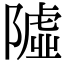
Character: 𨼋